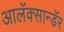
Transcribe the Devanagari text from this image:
आलॅक्सान्डॅर